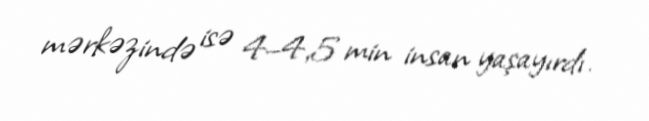
mərkəzində isə 4–4,5 min insan yaşayırdı.